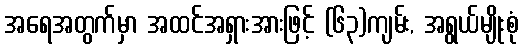
အရေအတွက်မှာ အထင်အရှားအားဖြင့် (၆၃)ကျမ်း, အရွယ်မျိုးစုံ